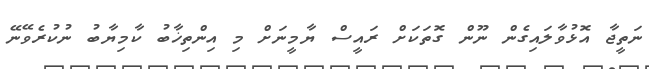
ނަތީޖާ އޮޅުވާލައިގެން ނޫން ގޮތަކަށް ރައީސް ޔާމީނަށް މި އިންތިޚާބު ކާމިޔާބު ނުކުރެވޭނޭ